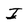
Character: I